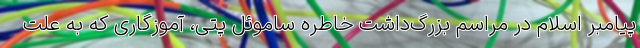
پیامبر اسلام در مراسم بزرگ‌داشت خاطره ساموئل پتی، آموزگاری که به علت